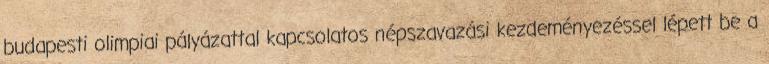
budapesti olimpiai pályázattal kapcsolatos népszavazási kezdeményezéssel lépett be a